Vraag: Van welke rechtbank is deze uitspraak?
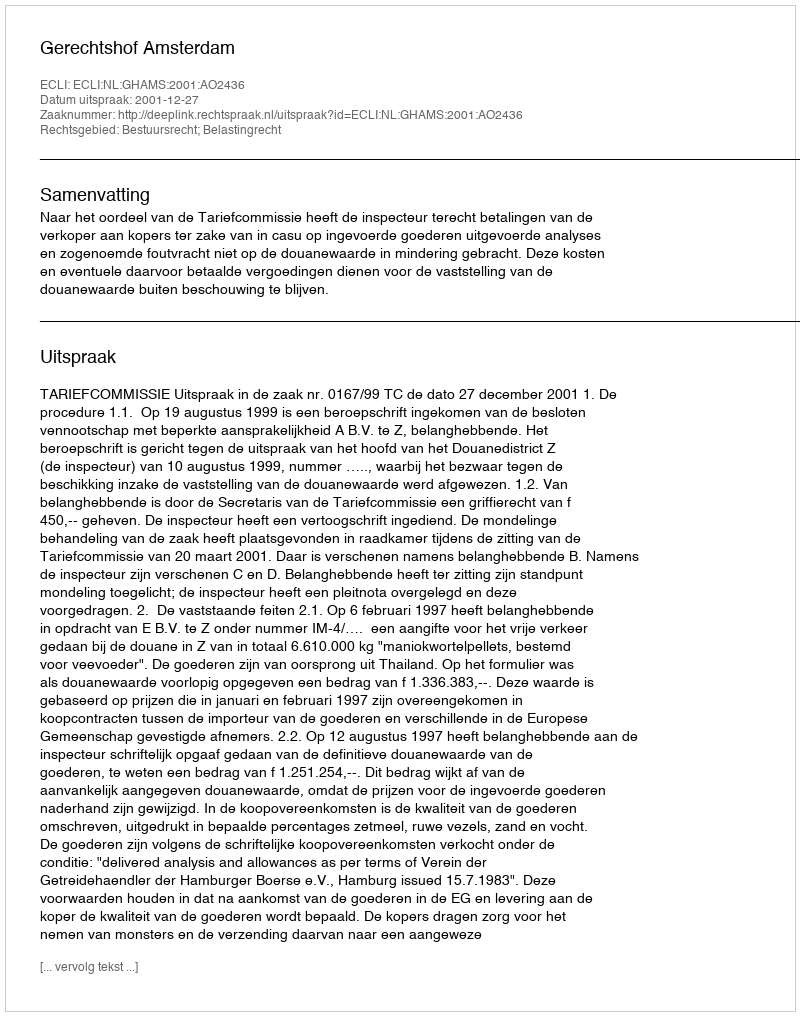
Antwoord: Gerechtshof Amsterdam